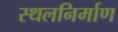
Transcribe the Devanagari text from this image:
स्थलनिर्माण